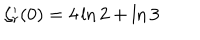
LaTeX: \zeta _ { r } ^ { \prime } ( 0 ) = 4 \ln 2 + \ln 3